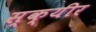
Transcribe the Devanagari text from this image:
स्क्यीर